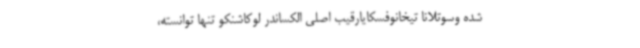
شده وسوتلانا تیخانوفسکایارقیب اصلی الکساندر لوکاشنکو تنها توانسته،